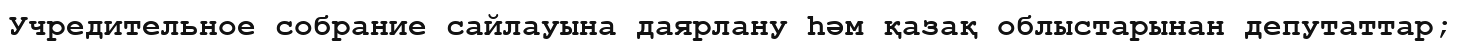
Учредительное собрание сайлауына даярлану һәм қазақ облыстарынан депутаттар;